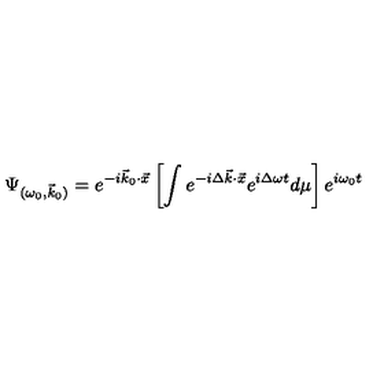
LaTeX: \Psi _ { ( \omega _ { 0 } , \vec { k } _ { 0 } ) } = e ^ { - i \vec { k } _ { 0 } { \cdot } \vec { x } } \left[ \int e ^ { - i \Delta \vec { k } { \cdot } \vec { x } } e ^ { i \Delta \omega t } d \mu \right] e ^ { i \omega _ { 0 } t } \!